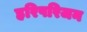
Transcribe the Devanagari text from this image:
हरिपरिजन